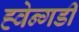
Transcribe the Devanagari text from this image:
ह्वेन्गडी